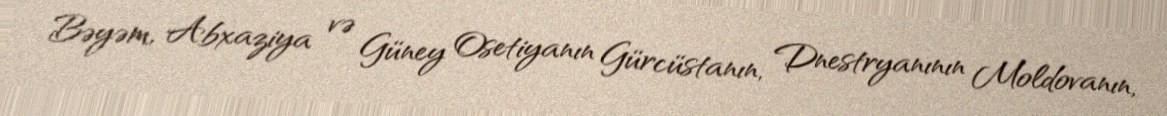
Bəyəm, Abxaziya və Güney Osetiyanın Gürcüstanın, Dnestryanının Moldovanın,